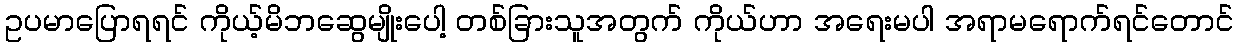
ဥပမာပြောရရင် ကိုယ့်မိဘဆွေမျိုးပေါ့ တစ်ခြားသူအတွက် ကိုယ်ဟာ အရေးမပါ အရာမရောက်ရင်တောင်